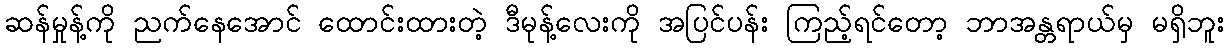
ဆန်မှုန့်ကို ညက်နေအောင် ထောင်းထားတဲ့ ဒီမုန့်လေးကို အပြင်ပန်း ကြည့်ရင်တော့ ဘာအန္တရာယ်မှ မရှိဘူး